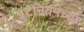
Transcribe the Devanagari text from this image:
इटॅनियमच्या